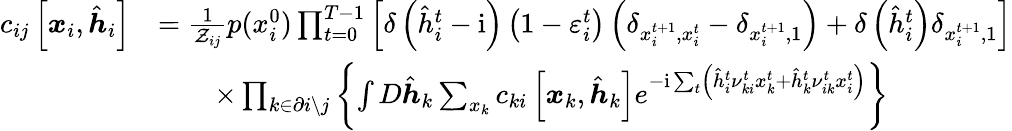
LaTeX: \begin{array}{rl}{c_{ij}\left[\boldsymbol{x}_{i},\hat{\boldsymbol{h}}_{i}\right]}&{=\frac{1}{\mathcal{Z}_{ij}}p(x_{i}^{0})\prod_{t=0}^{T-1}\left[\delta\left(\hat{h}_{i}^{t}-\mathrm{i}\right)\left(1-\varepsilon_{i}^{t}\right)\left(\delta_{x_{i}^{t+1},x_{i}^{t}}-\delta_{x_{i}^{t+1},1}\right)+\delta\left(\hat{h}_{i}^{t}\right)\delta_{x_{i}^{t+1},1}\right]}\\ &{\qquad\times\prod_{k\in\partial i\setminus j}\left\{ \int D\hat{\boldsymbol{h}}_{k}\sum_{x_{k}}c_{ki}\left[\boldsymbol{x}_{k},\hat{\boldsymbol{h}}_{k}\right]e^{-\mathrm{i}\sum_{t}\left(\hat{h}_{i}^{t}\nu_{ki}^{t}x_{k}^{t}+\hat{h}_{k}^{t}\nu_{ik}^{t}x_{i}^{t}\right)}\right\} }\end{array}